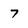
Character: 7